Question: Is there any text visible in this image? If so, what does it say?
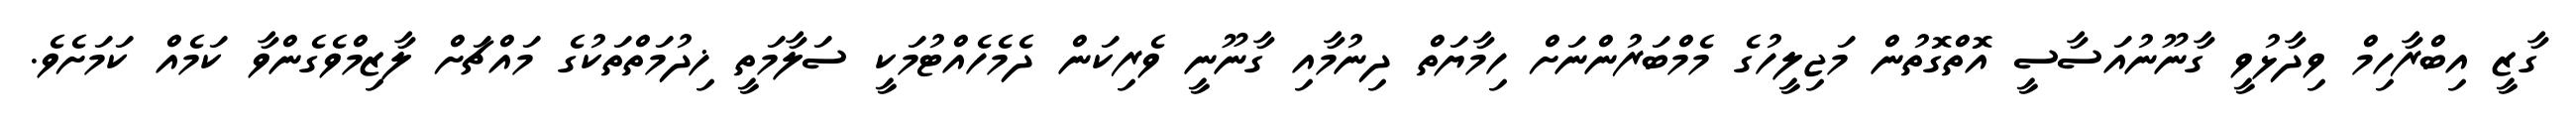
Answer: ގާޒީ އިބްރާހިމް ވިދާޅުވީ ގާނޫނުއަސާސީ އޮތްގޮތުން މަޖިލީހުގެ މެމްބަރުންނަށް ހިމާޔަތް ދިނުމާއި ގާނޫނީ ވެރިކަން ދެމެހެއްޓުމަކީ ސަލާމަތީ ޚިދުމަތްތަކުގެ މައްޗަށް ލާޒިމްވެގެންވާ ކަމެއް ކަމަށެވެ.